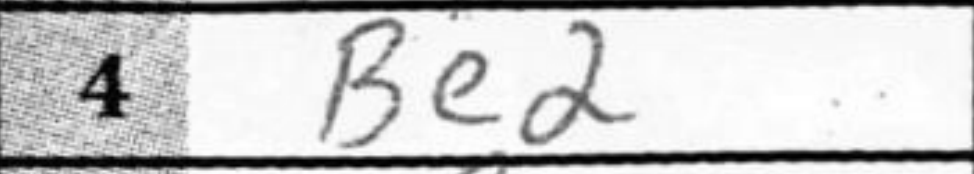
Transcription: Be2